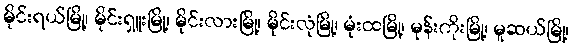
မိုင်းရယ်မြို့၊ မိုင်းရှူးမြို့၊ မိုင်းလားမြို့၊ မိုင်းလုံမြို့၊ မုံးထမြို့၊ မုန်းကိုးမြို့၊ မူဆယ်မြို့၊